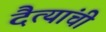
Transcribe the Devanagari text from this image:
दैत्यांची